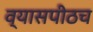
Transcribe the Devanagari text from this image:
व्यासपीठच